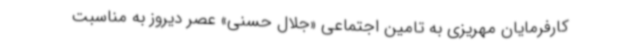
کارفرمایان مهریزی به تامین اجتماعی «جلال حسنی» عصر دیروز به مناسبت